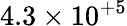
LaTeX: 4.3\times 10^{+5}